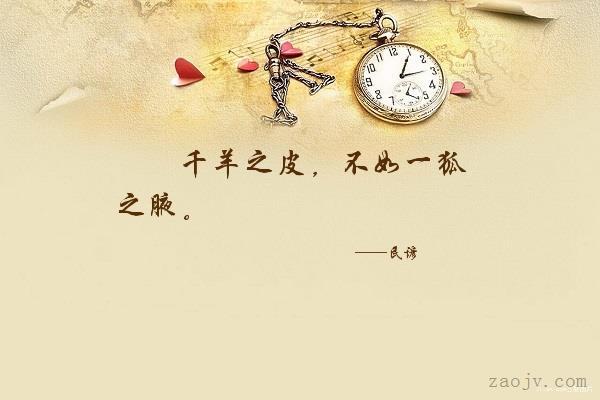
千羊之皮，不如一狐之腋。